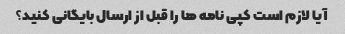
آیا لازم است کپی نامه ها را قبل از ارسال بایگانی کنید؟